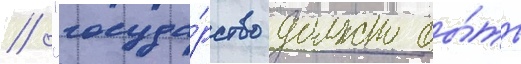
// "госуда́рство должно бы́ть